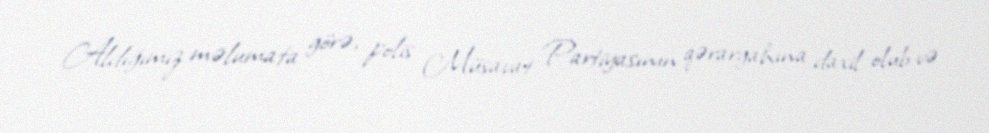
Aldığımız məlumata görə, polis Müsavat Partiyasının qərargahına daxil olub və